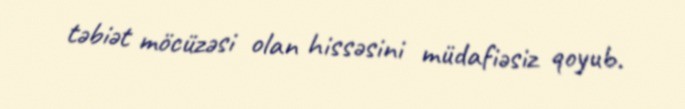
təbiət möcüzəsi olan hissəsini müdafiəsiz qoyub.